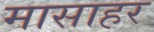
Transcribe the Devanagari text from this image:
मासाहर